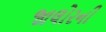
જાલોરની